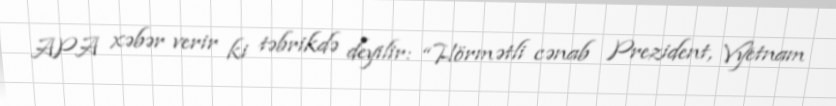
APA xəbər verir ki təbrikdə deyilir: “Hörmətli cənab Prezident, Vyetnam